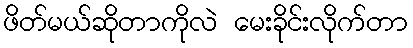
ဖိတ်မယ်ဆိုတာကိုလဲ မေးခိုင်းလိုက်တာ